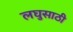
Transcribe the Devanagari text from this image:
लघुसाठी